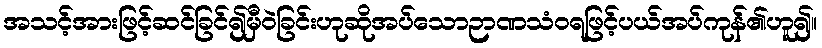
အသင့်အားဖြင့်ဆင်ခြင်၍မှီဝဲခြင်းဟုဆိုအပ်သောဉာဏသံဝရဖြင့်ပယ်အပ်ကုန်၏ဟူ၍။